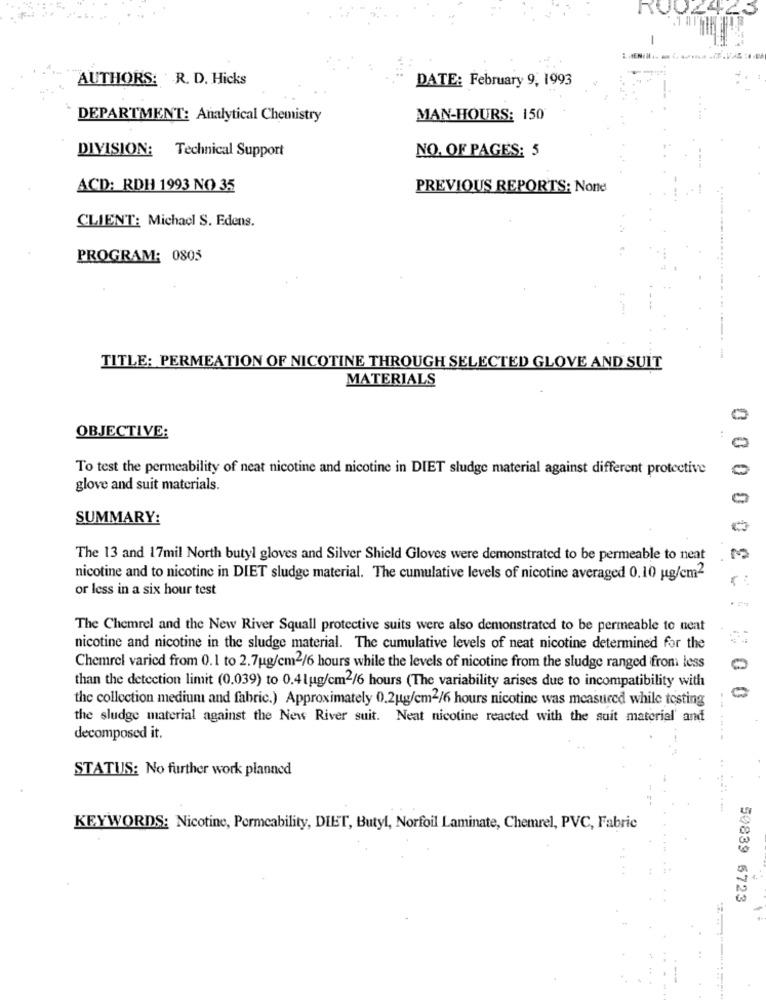
RO02425
-
AUTHORS: R. D. Hicks
DATE: February 9, 1993
DEPARTMENT: Analytical Chemistry
MAN-HOURS: 150
DIVISION: Technical Support
NO. OF PAGES: 5
ACD: RDH 1993 NO 35
PREVIOUS REPORTS: None
CLIENT: Michacl S. Edens.
PROGRAM: 0805
TITLE: PERMEATION OF NICOTINE THROUGH SELECTED GLOVE AND SUIT
MATERIALS
0
OBJECTIVE:
0
To test the permeability of neat nicotine and nicotine in DIET sludge material against different protective
glove and suit materials.
0
SUMMARY:
The 13 and 17mil North butyl gloves and Silver Shield Gloves were demonstrated to be permeable to neat
M
nicotine and to nicotine in DIET sludge material. The cumulative levels of nicotine averaged 0.10 ug/cm2
or less in a six hour test
The Chemrel and the New River Squall protective suits were also demonstrated to be permeable to neat
nicotine and nicotine in the sludge material. The cumulative levels of neat nicotine determined for the
Chemrel varied from 0.1 to 2.7ug/cm2/6 hours while the levels of nicotine from the sludge ranged from less
than the detection limit (0.039) to 0.4lug/cm2/6 hours (The variability arises due to incompatibility with
the collection medium and fabric.) Approximately 0.2 g/cm2/6 hours nicotine was measured while testing
the sludge material against the New River suit. Neat nicotine reacted with the suit material' and
decomposed it.
STATUS: No further work planned
KEYWORDS: Nicotine, Permeability, DIET, Butyl, Norfoil Laminate, Chemrel, PVC, Fabric
50839 6723